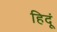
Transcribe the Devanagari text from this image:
हिदूं